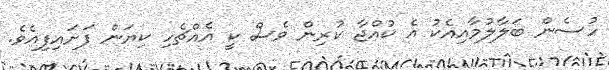
ހުސެން ބަލާލުމާއިއެކު އެ ކުއްޖާ ކުރިން ވެސް ކީ އެއްޗެހި ކިޔަން ފަށައިފިއެވެ.